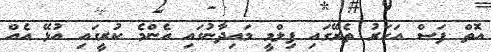
އޮތް ފަސް އަހަރު ތެރޭގައި ފިލްމީ މައިދާނުގައި އެންމެ ކުރީގައި އުޅޭ އެއް